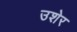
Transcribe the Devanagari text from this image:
उशेर